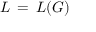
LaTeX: L \, = \, L ( G )